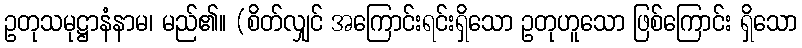
ဥတုသမုဋ္ဌာနံနာမ၊ မည်၏။ (စိတ်လျှင် အကြောင်းရင်းရှိသော ဥတုဟူသော ဖြစ်ကြောင်း ရှိသော